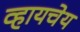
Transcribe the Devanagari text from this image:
व्हायचेय